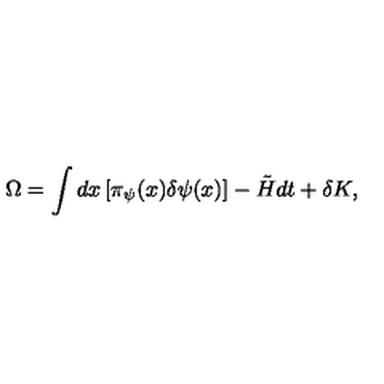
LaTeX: \Omega = \int d x \left[ \pi _ { \psi } ( x ) \delta \psi ( x ) \right] - \tilde { H } d t + \delta K ,